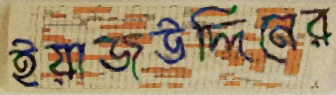
ইয়াজউদ্দিনের